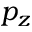
p _ { z }